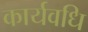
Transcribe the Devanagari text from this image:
कार्यवधि